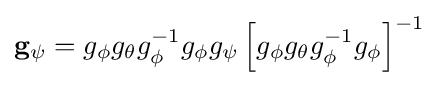
\mathbf {g} _{\psi }=g_{\phi }g_{\theta }g_{\phi }^{-1}g_{\phi }g_{\psi }\left[g_{\phi }g_{\theta }g_{\phi }^{-1}g_{\phi }\right]^{-1}